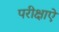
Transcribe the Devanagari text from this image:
परीक्षाऐं